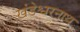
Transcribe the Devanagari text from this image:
खंडेश्वरनाथ